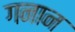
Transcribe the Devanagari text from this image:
गनान